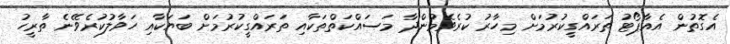
އެގޮތުން އެއާޕޯޓު ތަރައްގީކުރުމަށް މިހާރު ކުރެވެމުންދާ މަސައްކަތްތަކާއި ތަރައްގީކުރުމަށް ބަޔަކާއި ހަވާލުކުރެވޭނެ ތާރީހު